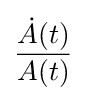
{\frac {{\dot {A}}(t)}{A(t)}}